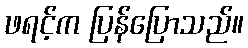
ဖရင့်က ပြန်ပြောသည်။